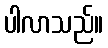
ပါလာသည်။